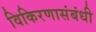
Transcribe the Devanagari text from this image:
विकिरणासंबंधी